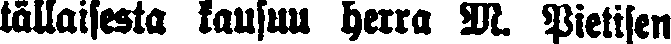
tällaisesta kausuu herra M. Pietisen